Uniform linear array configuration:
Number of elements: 8
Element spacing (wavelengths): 0.75
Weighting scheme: cosine
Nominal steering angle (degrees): -15
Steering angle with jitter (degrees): -15.083
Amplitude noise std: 0.05
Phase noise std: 0.05

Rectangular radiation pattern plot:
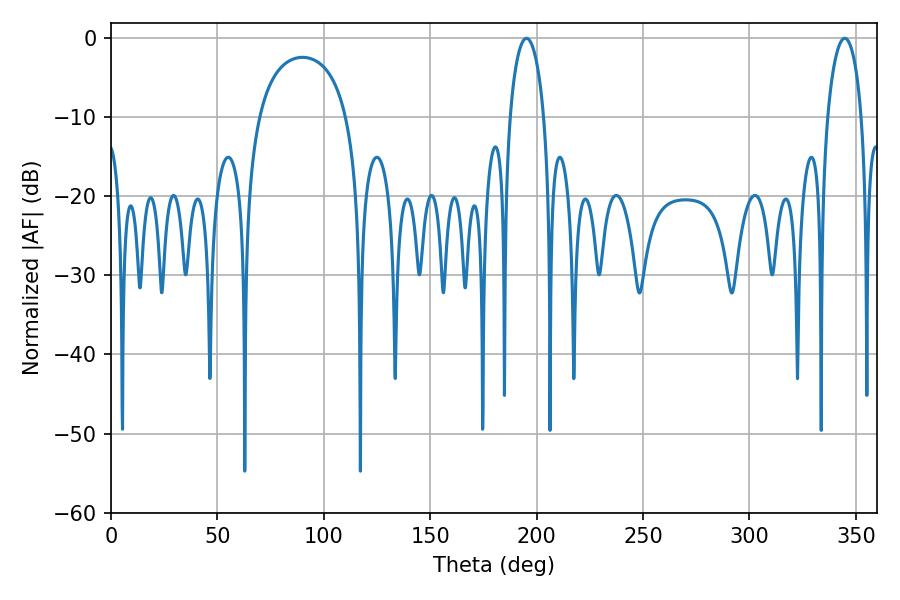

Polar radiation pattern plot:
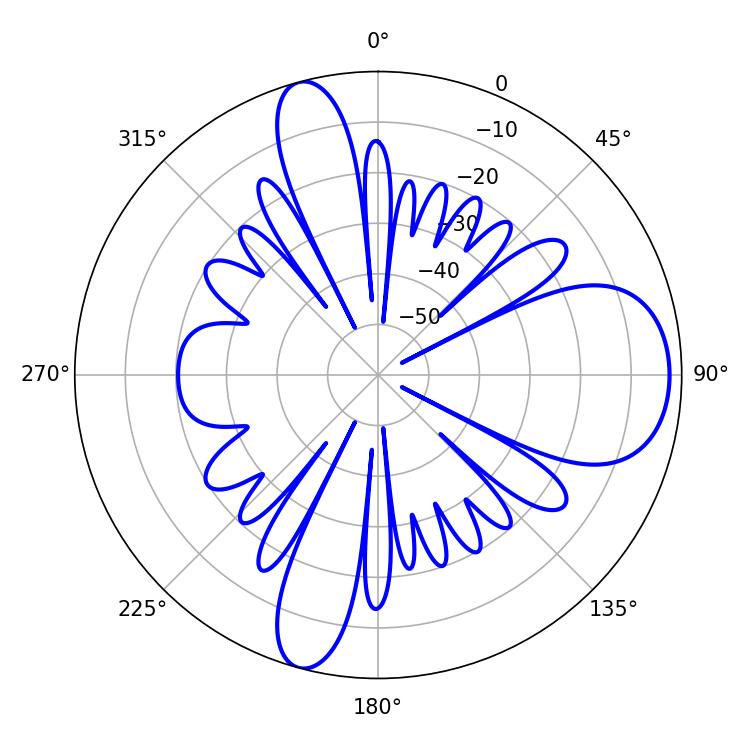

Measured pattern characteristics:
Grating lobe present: TRUE
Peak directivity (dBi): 10.175
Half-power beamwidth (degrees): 9
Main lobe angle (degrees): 344.7